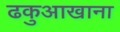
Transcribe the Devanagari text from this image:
ढकुआखाना